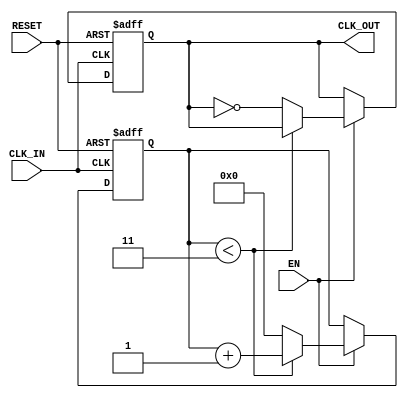
module ClockDividerBuffer #(
    parameter N = 4 // Division factor, can be set during instantiation
)(
    input wire CLK_IN,   // Input clock signal
    input wire EN,       // Enable signal
    input wire RESET,    // Asynchronous reset signal
    output reg CLK_OUT    // Output clock signal
);

    reg [31:0] counter;  // Counter to count clock cycles

    always @(posedge CLK_IN or posedge RESET) begin
        if (RESET) begin
            counter <= 0;
            CLK_OUT <= 0;
        end else if (EN) begin
            if (counter < (N - 1)) begin
                counter <= counter + 1;
            end else begin
                counter <= 0;         // Reset counter
                CLK_OUT <= ~CLK_OUT;  // Toggle output clock
            end
        end
    end

endmodule